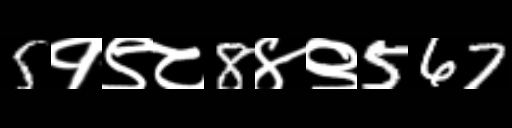
Text: 5१९८8४९567